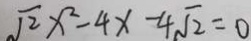
\sqrt { 2 } x ^ { 2 } - 4 x - 4 \sqrt { 2 } = 0